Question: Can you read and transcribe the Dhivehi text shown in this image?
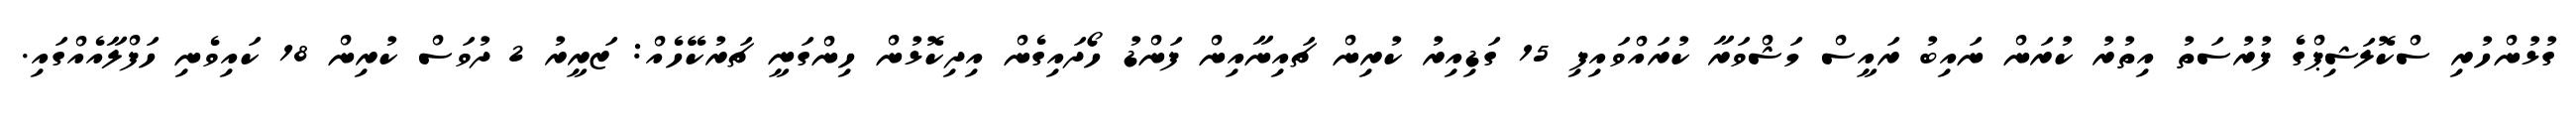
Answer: ގުޅުންހުރި ސްކޮލަޝިޕްގެ ފުރުސަތު އިތުރު ކުރަން ނައިބު ރައީސް މަޝްވަރާ ކުރައްވައިފި 15 ގަޑިއިރު ކުރިން ޗައިނާއިން ފަންޑު ހޯދައިގެން އިދިކޮޅުން ހިންގަނީ ޗަރުކޭހެއް: ޒަރީރު 2 ދުވަސް ކުރިން 18 ކައިވެނި ހަފްލާއެއްގައި.